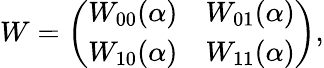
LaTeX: W=\left(\begin{array}{ll}{W_{00}(\alpha)}&{W_{01}(\alpha)}\\ {W_{10}(\alpha)}&{W_{11}(\alpha)}\end{array}\right),